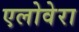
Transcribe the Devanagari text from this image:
एलोवेरा